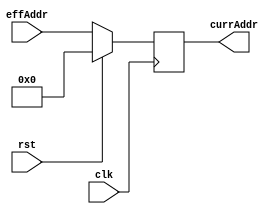
module programCounter(clk,rst,effAddr,currAddr);

input [7:0] effAddr;
input clk;
input rst;

output reg [7:0] currAddr;

always @ (posedge clk) begin
	if(rst) begin
		currAddr = 0;
	end
	else begin
		currAddr=effAddr;
	end
end
endmodule